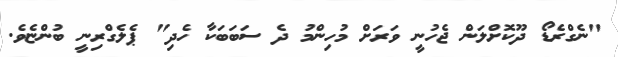
"ނެގްރެޑޯ ދޫކޮށްލަން ޖެހުނީ ވަރަށް މުހިންމު ދެ ސަބަބަކާ ހެދި" ޕެލެގްރިނީ ބުންޏެވެ.